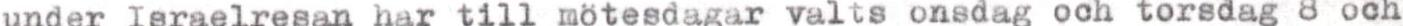
under Israelresan har till mötesdagar valts onsdag och torsdag 8 och